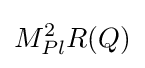
M_{Pl}^{2}R(Q)